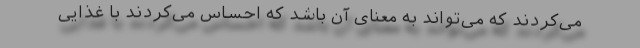
می‌کردند که می‌تواند به معنای آن باشد که احساس می‌کردند با غذایی